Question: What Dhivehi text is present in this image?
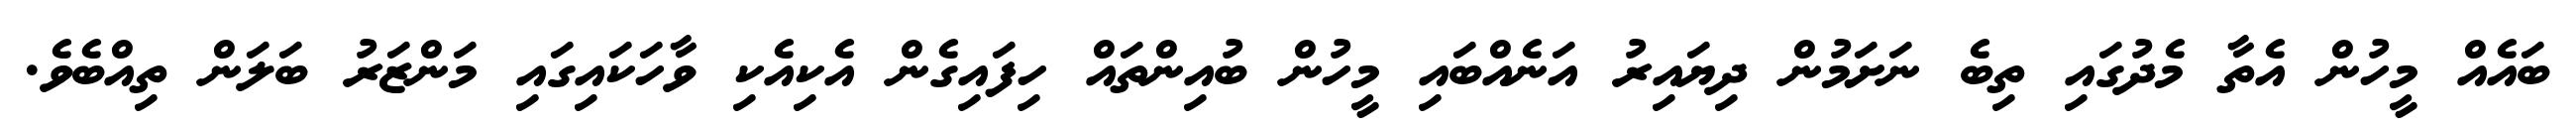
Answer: ބައެއް މީހުން އެތާ މެދުގައި ތިބެ ނަށަމުން ދިޔައިރު އަނެއްބައި މީހުން ބުއިންތައް ހިފައިގެން އެކިއެކި ވާހަކައިގައި މަންޒަރު ބަލަން ތިއްބެވެ.